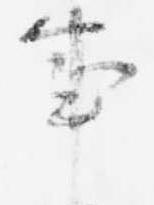
事